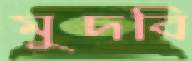
মুদবি